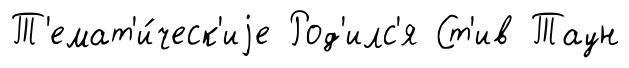
Т'емат'и́ческ'иjе Род'илс'я Ст'ив Таун